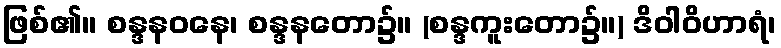
ဖြစ်၏။ စန္ဒနဝနေ၊ စန္ဒနတော၌။ (စန္ဒကူးတော၌။) ဒိဝါဝိဟာရံ၊